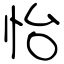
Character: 怡